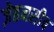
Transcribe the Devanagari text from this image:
ज़ेहनसीब